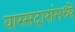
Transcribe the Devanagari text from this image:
वारसदारांमध्ये